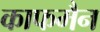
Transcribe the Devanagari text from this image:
काफमैन